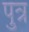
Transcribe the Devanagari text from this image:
पुत्र